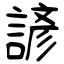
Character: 諺